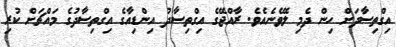
އިގްތިސާދަށް ހިން ދެމި ލެވޭނެއެވެ. ރާއްޖޭގެ އިގްތިސާދު އިންޑިއާގެ އިގްތިސާދުގެ މައްޗަށް ކުރި